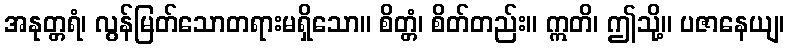
အနုတ္တရံ၊ လွန်မြတ်သောတရားမရှိသော။ စိတ္တံ၊ စိတ်တည်း။ ဣတိ၊ ဤသို့။ ပဇာနေယျ၊